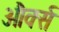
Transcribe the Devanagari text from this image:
और्क्स